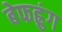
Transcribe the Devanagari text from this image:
बेफह्रुंग